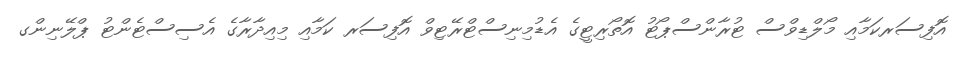
އޮފިސަރކަމާއި މޯލްޑިވްސް ޓުރާންސްޕޯޓު އޮތޯރިޓީގެ އެޑުމިނިސްޓްރޭޓިވް އޮފިސަރ ކަމާއި މިއިދާރާގެ އެސިސްޓެންޓު ޕްލޭނިންގ